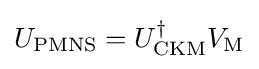
U_{\text{PMNS}}=U_{\text{CKM}}^{\dagger }V_{\text{M}}